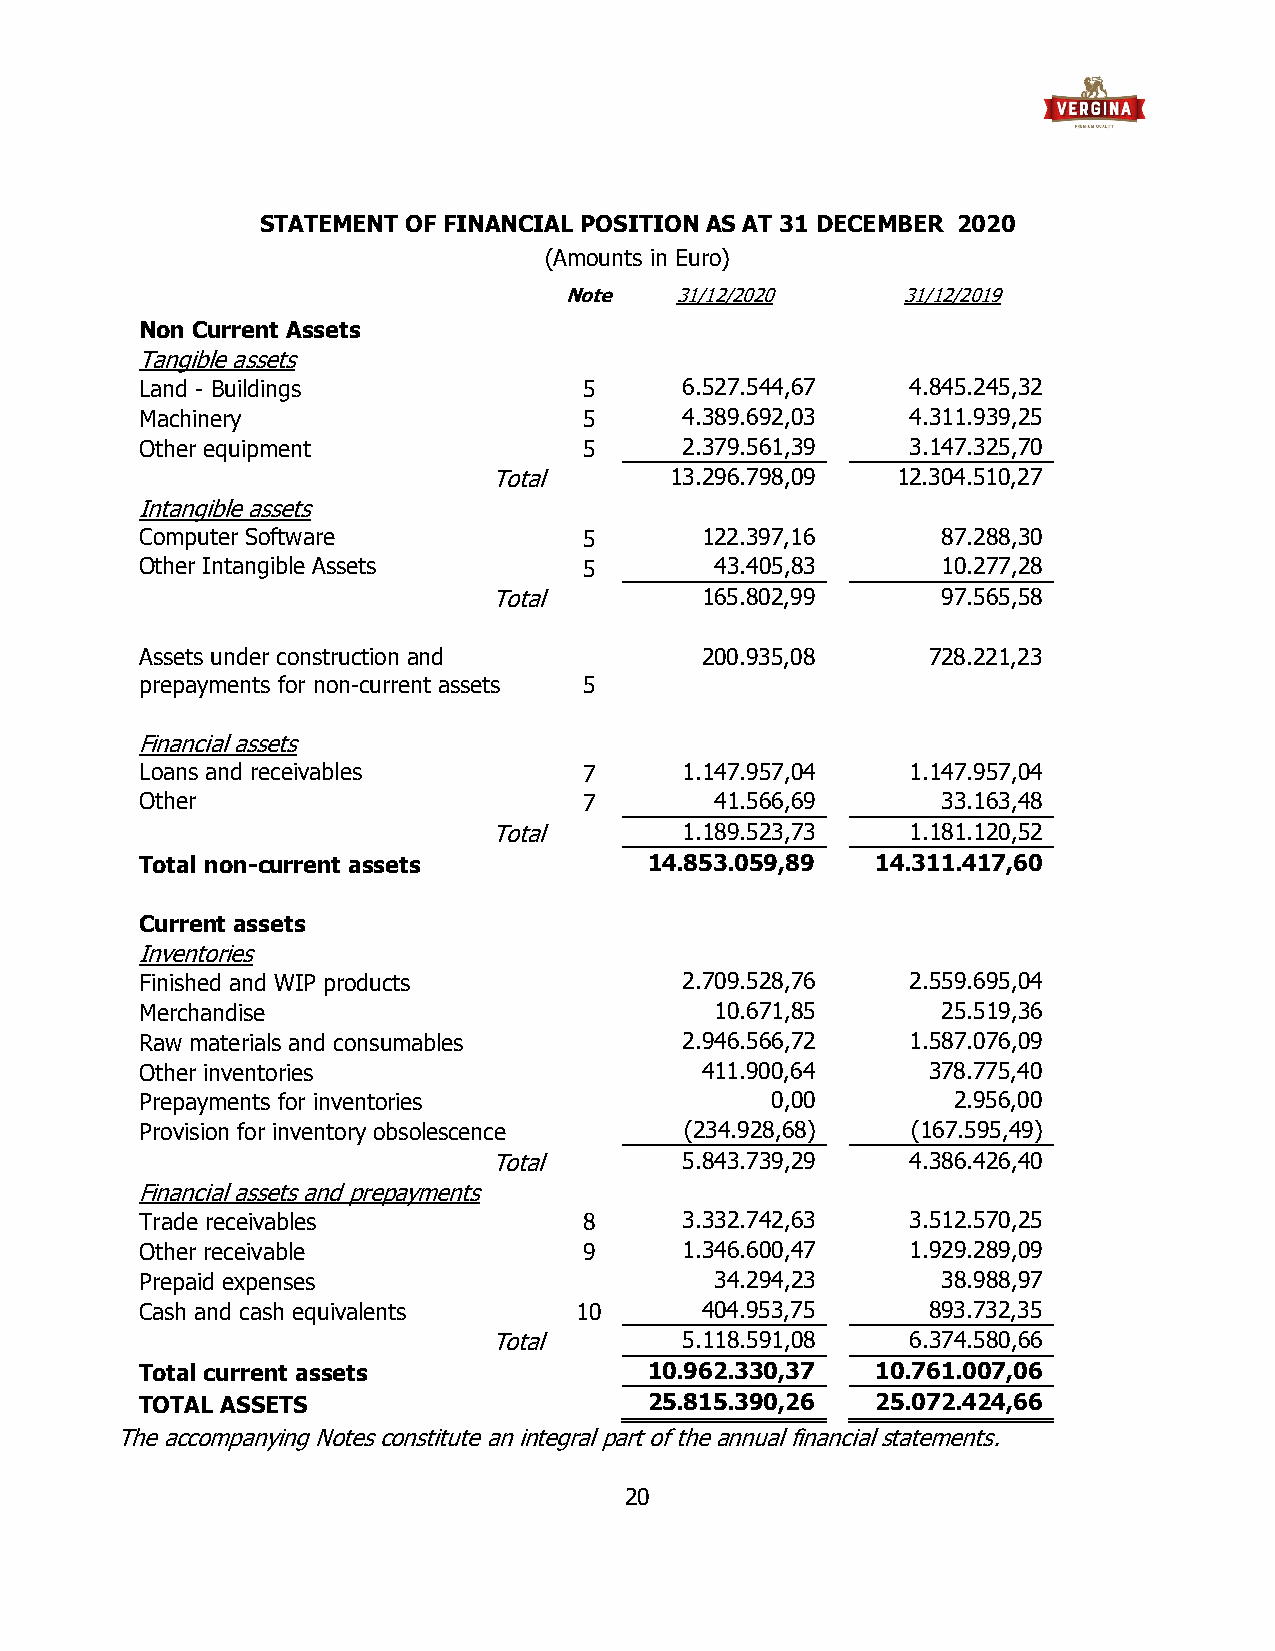
STATEMENT OF FINANCIAL POSITION AS AT 31 DECEMBER 2020
 (Amounts in Euro)
 Note    31/12/2020     31/12/2019
 Non Current Assets
 Tangible assets
 Land - Buildings              5     6.527.544,67   4.845.245,32
 Machinery                     5     4.389.692,03   4.311.939,25
 Other equipment               5     2.379.561,39   3.147.325,70
 Total      13.296.798,09  12.304.510,27
 Intangible assets
 Computer Software             5      122.397,16      87.288,30
 Other Intangible Assets       5       43.405,83      10.277,28
 Total        165.802,99      97.565,58
 Assets under construction and        200.935,08     728.221,23
 prepayments for non-current assets 5
 Financial assets
 Loans and receivables         7     1.147.957,04   1.147.957,04
 Other                         7       41.566,69      33.163,48
 Total       1.189.523,73   1.181.120,52
 Total non-current assets          14.853.059,89  14.311.417,60
 Current assets
 Inventories
 Finished and WIP products           2.709.528,76   2.559.695,04
 Merchandise                           10.671,85      25.519,36
 Raw materials and consumables       2.946.566,72   1.587.076,09
 Other inventories                    411.900,64     378.775,40
 Prepayments for inventories               0,00        2.956,00
 Provision for inventory obsolescence (234.928,68)  (167.595,49)
 Total       5.843.739,29   4.386.426,40
 Financial assets and prepayments
 Trade receivables             8     3.332.742,63   3.512.570,25
 Other receivable              9     1.346.600,47   1.929.289,09
 Prepaid expenses                      34.294,23      38.988,97
 Cash and cash equivalents    10      404.953,75     893.732,35
 Total       5.118.591,08   6.374.580,66
 Total current assets              10.962.330,37  10.761.007,06
 TOTAL ASSETS                      25.815.390,26  25.072.424,66
 The accompanying Notes constitute an integral part of the annual financial statements.
 20